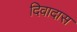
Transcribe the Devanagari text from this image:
दिवादास